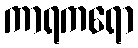
ကာရကရော